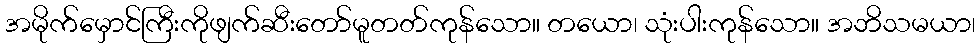
အမိုက်မှောင်ကြီးကိုဖျက်ဆီးတော်မူတတ်ကုန်သော။ တယော၊ သုံးပါးကုန်သော။ အဘိသမယာ၊